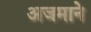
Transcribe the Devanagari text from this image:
अजमाने